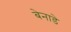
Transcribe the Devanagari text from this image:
बेनाडे